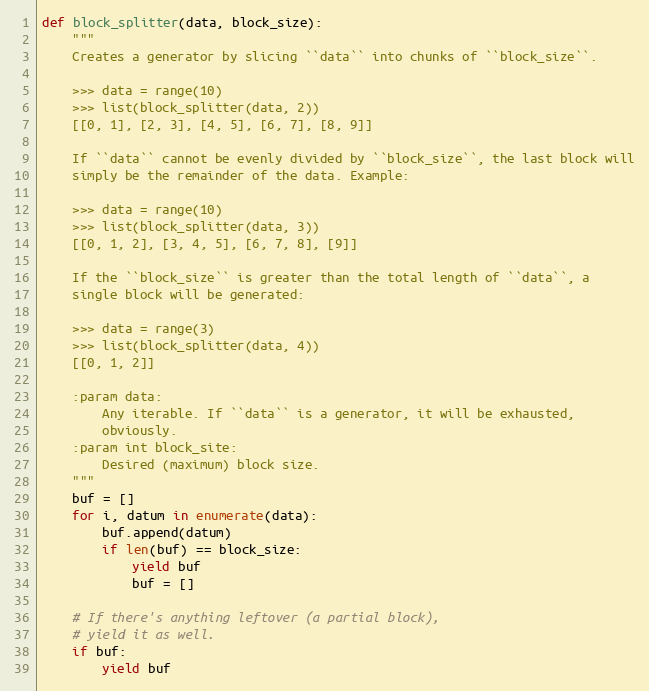
Language: Python
def block_splitter(data, block_size):
    """
    Creates a generator by slicing ``data`` into chunks of ``block_size``.

    >>> data = range(10)
    >>> list(block_splitter(data, 2))
    [[0, 1], [2, 3], [4, 5], [6, 7], [8, 9]]

    If ``data`` cannot be evenly divided by ``block_size``, the last block will
    simply be the remainder of the data. Example:

    >>> data = range(10)
    >>> list(block_splitter(data, 3))
    [[0, 1, 2], [3, 4, 5], [6, 7, 8], [9]]

    If the ``block_size`` is greater than the total length of ``data``, a
    single block will be generated:

    >>> data = range(3)
    >>> list(block_splitter(data, 4))
    [[0, 1, 2]]

    :param data:
        Any iterable. If ``data`` is a generator, it will be exhausted,
        obviously.
    :param int block_site:
        Desired (maximum) block size.
    """
    buf = []
    for i, datum in enumerate(data):
        buf.append(datum)
        if len(buf) == block_size:
            yield buf
            buf = []

    # If there's anything leftover (a partial block),
    # yield it as well.
    if buf:
        yield buf